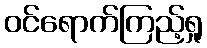
ဝင်ရောက်ကြည့်ရှု